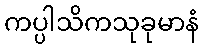
ကပ္ပါသိကသုခုမာနံ